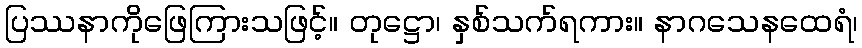
ပြဿနာကိုဖြေကြားသဖြင့်။ တုဋ္ဌော၊ နှစ်သက်ရကား။ နာဂသေနထေရံ၊